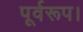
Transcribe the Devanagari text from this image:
पूर्वरूप।